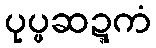
ပုပ္ဖဆဍ္ဍကံ